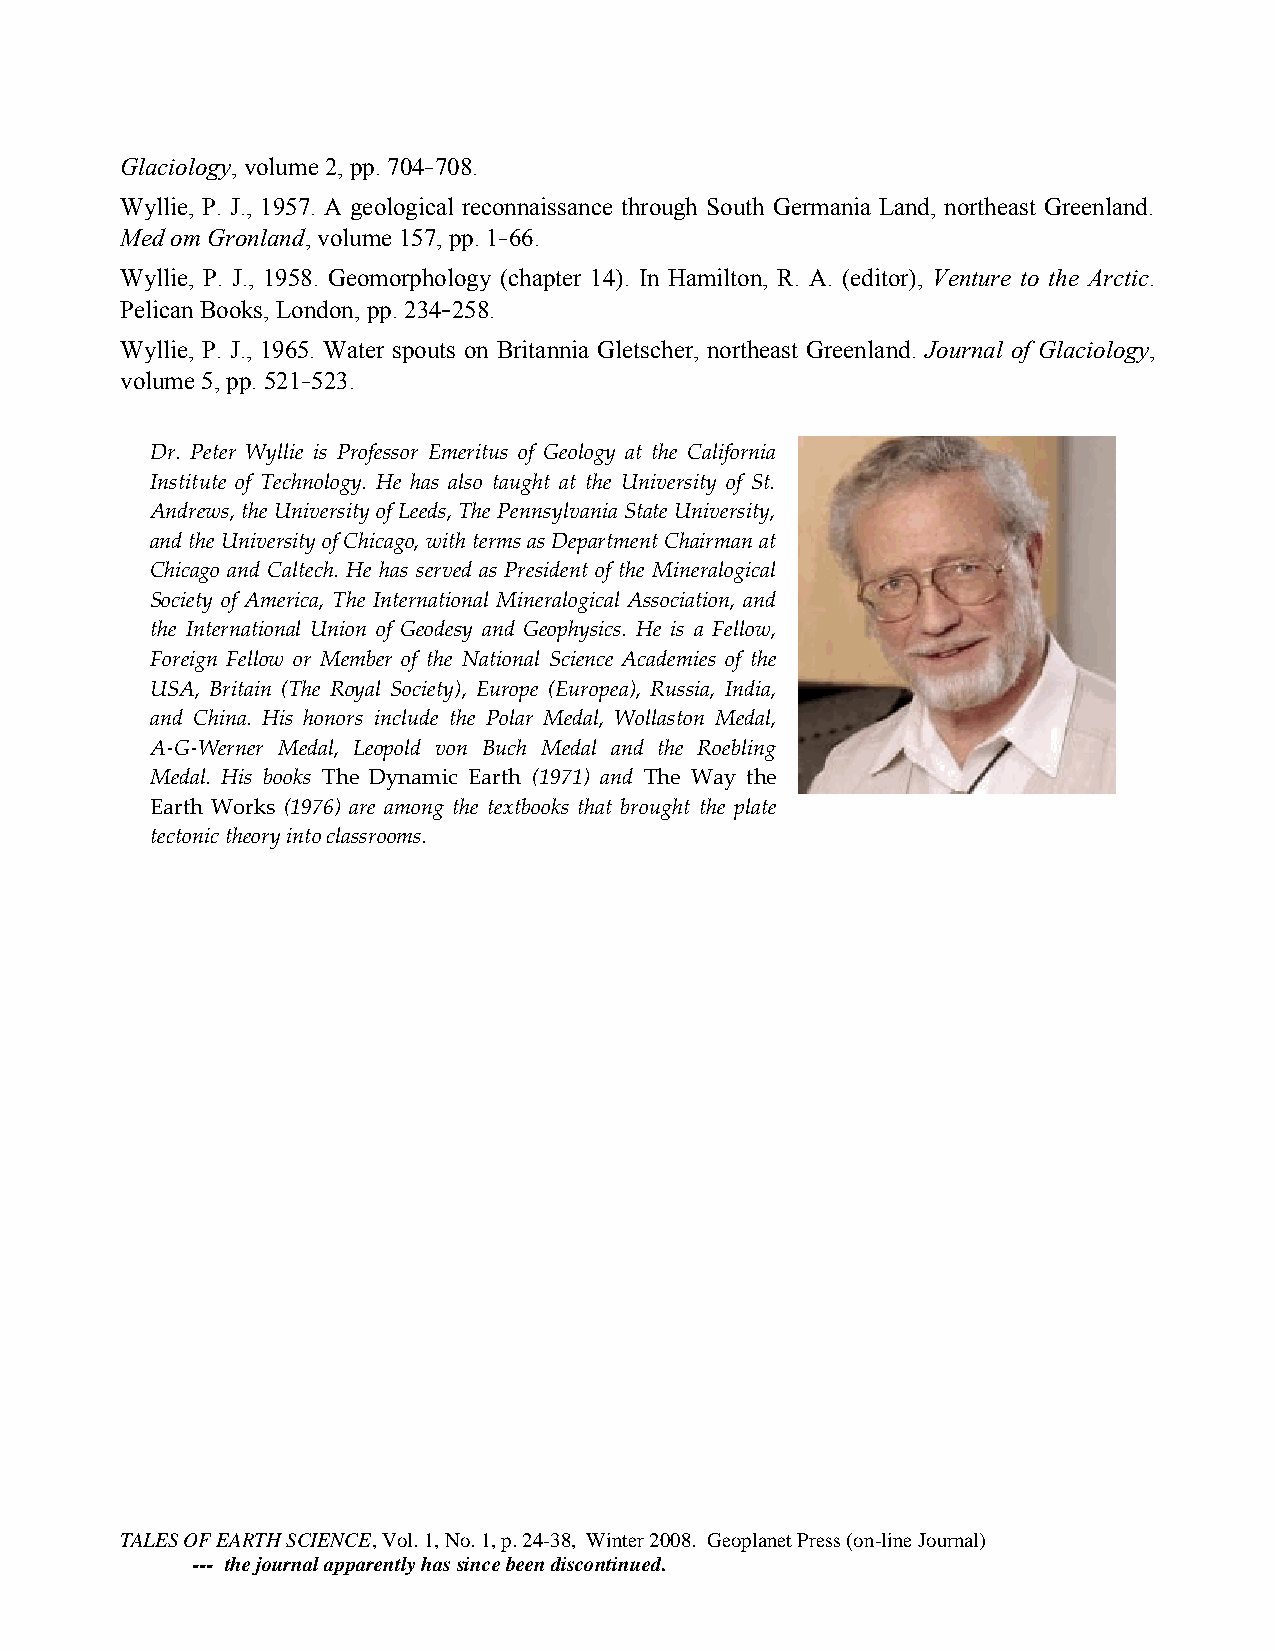
Glaciology, volume 2, pp. 704 708.
 Wyllie, P. J., 1957. A geological reconnaissance through South Germania Land, northeast Greenland.
 Med om Gronland, volume 157, pp. 1 66.
 Wyllie, P. J., 1958. Geomorphology (chapter 14). In Hamilton, R. A. (editor), Venture to the Arctic.
 Pelican Books, London, pp. 234 258.
 Wyllie, P. J., 1965. Water spouts on Britannia Gletscher, northeast Greenland. Journal of Glaciology,
 volume 5, pp. 521 523.
 Dr. Peter Wyllie is Professor Emeritus of Geology at the California
 Institute of Technology. He has also taught at the University of St.
 Andrews, the University of Leeds, The Pennsylvania State University,
 and the University of Chicago, with terms as Department Chairman at
 Chicago and Caltech. He has served as President of the Mineralogical
 Society of America, The International Mineralogical Association, and
 the International Union of Geodesy and Geophysics. He is a Fellow,
 Foreign Fellow or Member of the National Science Academies of the
 USA, Britain (The Royal Society), Europe (Europea), Russia, India,
 and China. His honors include the Polar Medal, Wollaston Medal,
 A‐G‐Werner Medal, Leopold von Buch Medal and the Roebling
 Medal. His books The Dynamic Earth (1971) and The Way the
 Earth Works (1976) are among the textbooks that brought the plate
 tectonic theory into classrooms.
 TALES OF EARTH SCIENCE, Vol. 1, No. 1, p. 24-38, Winter 2008. Geoplanet Press (on-line Journal)
 --- the journal apparently has since been discontinued.